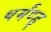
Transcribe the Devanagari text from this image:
थर्मंण्ड्